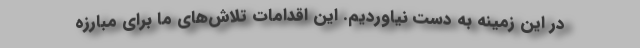
در این زمینه به دست نیاوردیم. این اقدامات تلاش‌های ما برای مبارزه